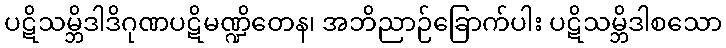
ပဋိသမ္ဘိဒါဒိဂုဏပဋိမဏ္ဍိတေန၊ အဘိညာဉ်ခြောက်ပါး ပဋိသမ္ဘိဒါစသော